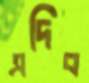
এদিব